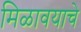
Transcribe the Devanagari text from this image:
मिळावयाचे